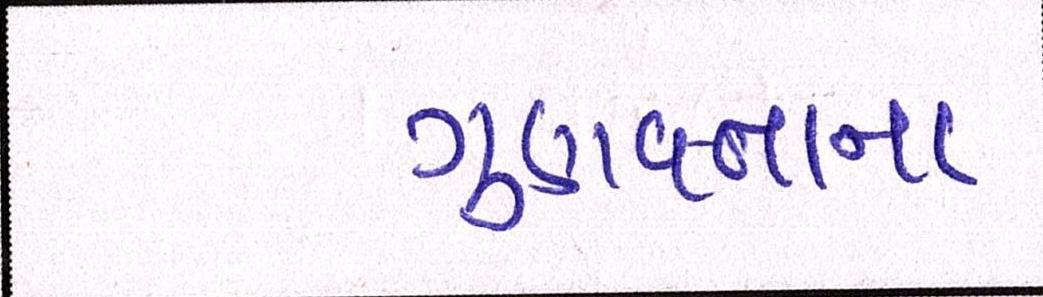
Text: ગુણવત્તાના